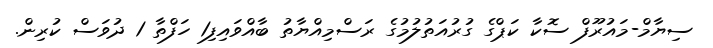
ސިޔާމް-މައުރޫފް ސޮކާ ކަޕްގެ ގުރުއަތުލުމުގެ ރަސްމިއްޔާތު ބާއްވައިފި1 ހަފްތާ 1 ދުވަސް ކުރިން.